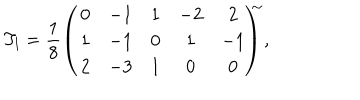
LaTeX: T _ { l } = \frac { 1 } { 8 } \left( \begin{array} { c c c c c } { { 0 } } & { { - 1 } } & { { 1 } } & { { - 2 } } & { { 2 } } \\ { { 1 } } & { { - 1 } } & { { 0 } } & { { 1 } } & { { - 1 } } \\ { { 2 } } & { { - 3 } } & { { 1 } } & { { 0 } } & { { 0 } } \\ \end{array} \! \right) ^ { \! \! \! \sim } ,